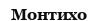
Монтихо